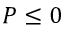
P \leq 0